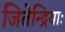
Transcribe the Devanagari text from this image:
जितेन्द्रियाः